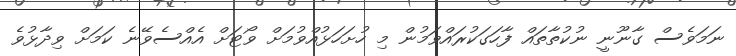
ނަމަވެސް ގާނޫނީ ނުކުތާތައް ފާހަގަކުރައްވަމުން މި ހުށަހަޅުއްވުމަށް ވޯޓަށް އެއްސެވޭނެ ކަމަށް ވިދާޅުވެ